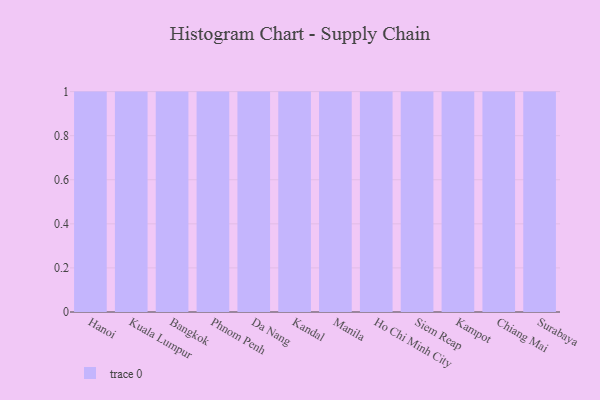
{"axis": {"x": "City", "y": "Demand Index"}, "legend": [""], "data": [{"x": "Hanoi", "y": 62, "type": ""}, {"x": "Kuala Lumpur", "y": 97, "type": ""}, {"x": "Bangkok", "y": 31, "type": ""}, {"x": "Phnom Penh", "y": 90, "type": ""}, {"x": "Da Nang", "y": 73, "type": ""}, {"x": "Kandal", "y": 6, "type": ""}, {"x": "Manila", "y": 55, "type": ""}, {"x": "Ho Chi Minh City", "y": 84, "type": ""}, {"x": "Siem Reap", "y": 60, "type": ""}, {"x": "Kampot", "y": 75, "type": ""}, {"x": "Chiang Mai", "y": 89, "type": ""}, {"x": "Surabaya", "y": 76, "type": ""}]}